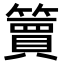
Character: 𫂥